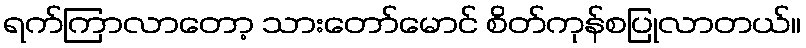
ရက်ကြာလာတော့ သားတော်မောင် စိတ်ကုန်စပြုလာတယ်။